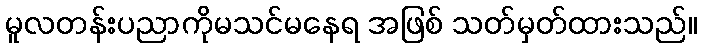
မူလတန်းပညာကိုမသင်မနေရ အဖြစ် သတ်မှတ်ထားသည်။